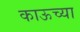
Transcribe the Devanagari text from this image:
काऊच्या